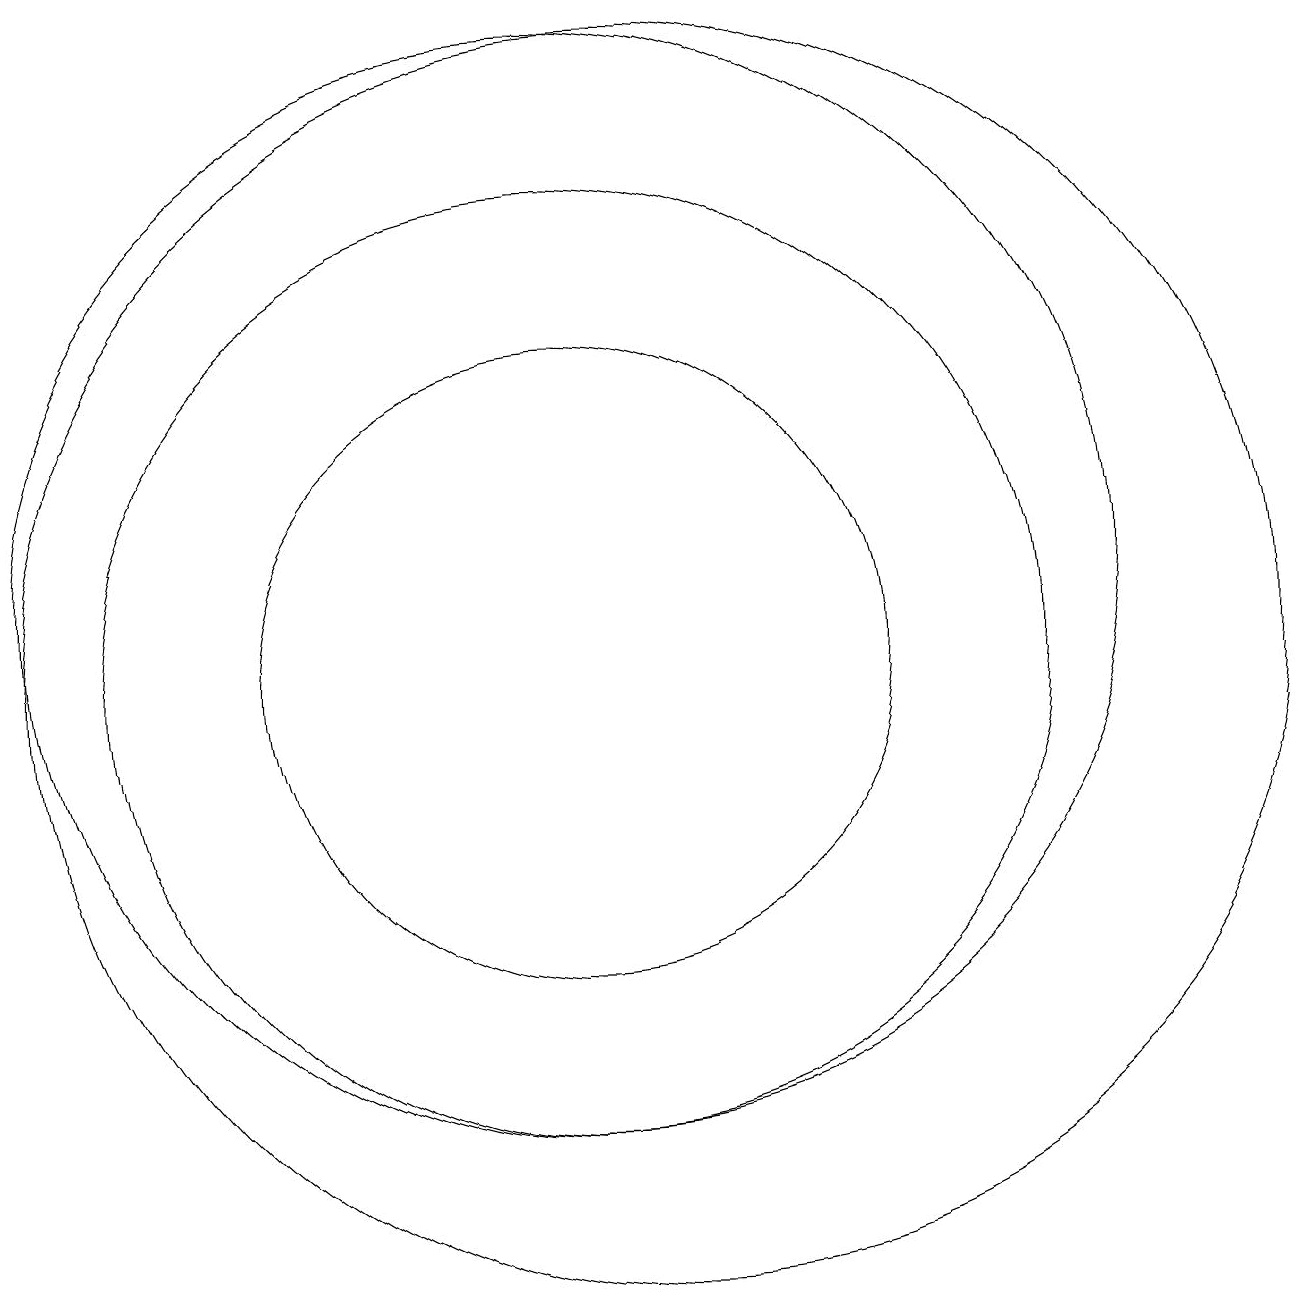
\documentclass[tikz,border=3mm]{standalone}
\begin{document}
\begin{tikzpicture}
\draw (11,10) circle (8);
\draw (10,11) circle (7);
\draw (10,10) circle (6);
\draw (10,10) circle (4);
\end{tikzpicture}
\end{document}